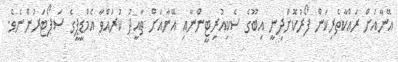
އޭނާއަށް ރައްކާތެރިކަން ފޯރުކޮށްދިނީ އިބޫގެ ސެކިއުރިޓީންނާއި އޭނާއަށް ތާއީދު ކުރައްވާ އެމްޑީޕީގެ ސަޕޯޓަރުންނެވެ.